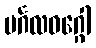
မင်္ဂလဝဂ္ဂေါ